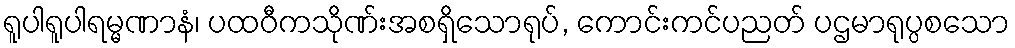
ရူပါရူပါရမ္မဏာနံ၊ ပထဝီကသိုဏ်းအစရှိသောရုပ်, ကောင်းကင်ပညတ် ပဌမာရုပ္ပစသော